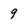
Character: 9